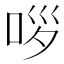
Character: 𱒤